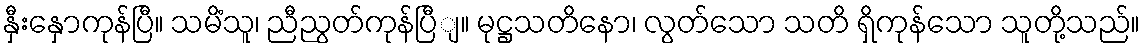
နှီးနှောကုန်ပြီ။ သမိံသူ၊ ညီညွတ်ကုန်ပြီျ။ မုဋ္ဌသတိနော၊ လွတ်သော သတိ ရှိကုန်သော သူတို့သည်။